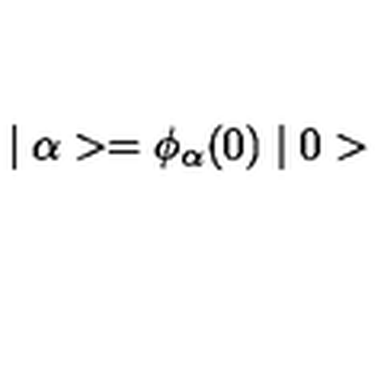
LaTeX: \mid \alpha > = \phi _ { \alpha } ( 0 ) \mid 0 >